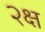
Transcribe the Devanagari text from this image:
२क्ष